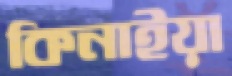
কিনাইয়া